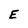
Character: E